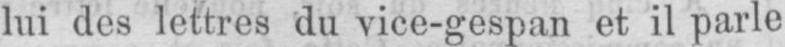
lui des lettres du vice-gespan et il parle